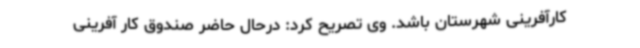
کارآفرینی شهرستان باشد. وی تصریح کرد: درحال حاضر صندوق کار آفرینی